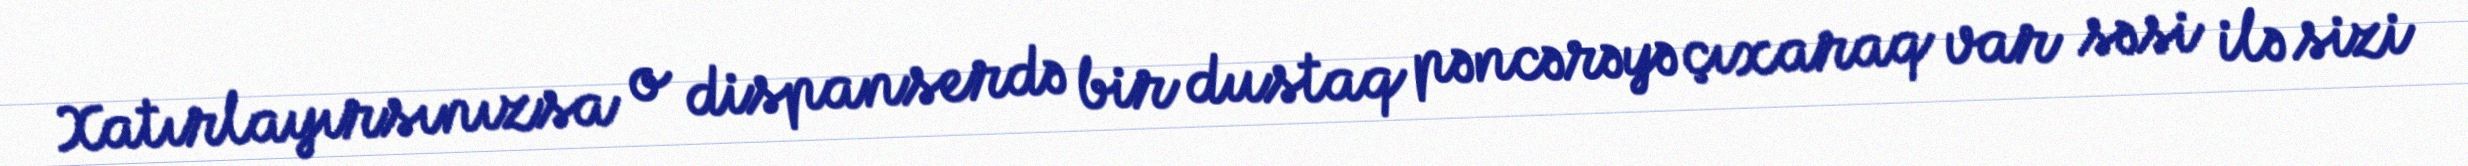
Xatırlayırsınızsa o dispanserdə bir dustaq pəncərəyə çıxaraq var səsi ilə sizi